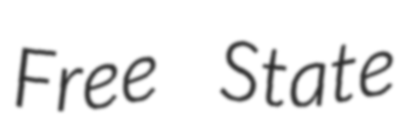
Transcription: Free State